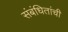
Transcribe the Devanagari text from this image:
संबंधितांची